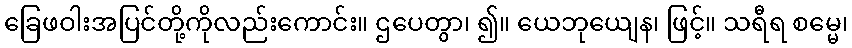
ခြေဖဝါးအပြင်တို့ကိုလည်းကောင်း။ ဌပေတွာ၊ ၍။ ယေဘုယျေန၊ ဖြင့်။ သရီရ စမ္မေ၊